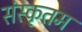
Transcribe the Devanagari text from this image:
संस्कृतम